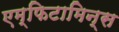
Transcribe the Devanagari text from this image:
एम्फिटामिन्स